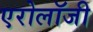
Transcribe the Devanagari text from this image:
एरोलॉजी